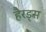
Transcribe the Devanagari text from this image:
हैरड्स